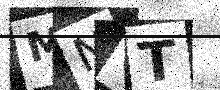
Text: MN6T